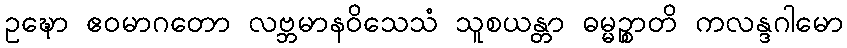
ဥဍ္ဎော ဧဝမာဂတော လဗ္ဘမာနဝိသေသံ သူစယန္တာ ဓမ္မဉ္စာတိ ကလန္ဒဂါမော